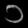
Digit: ၁